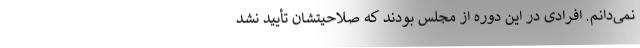
نمی‌دانم. افرادی در این دوره از مجلس بودند که صلاحیتشان تأیید نشد